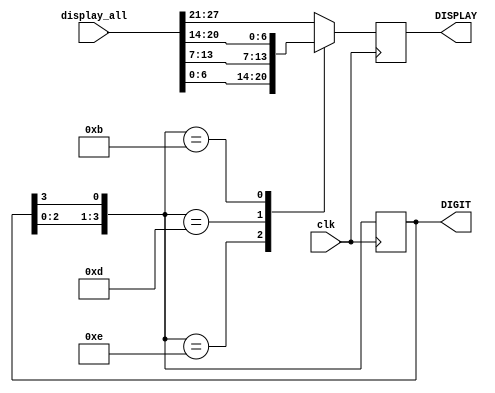
module SevenSegDisplay(
    input wire [27:0] display_all,
    input clk,
    output reg [6:0] DISPLAY, 
    output reg [3:0] DIGIT = 4'b1110
);

    always @ (posedge clk) begin
        DIGIT = {DIGIT[2:0], DIGIT[3]};
        case (DIGIT)
            4'b1110 : DISPLAY = display_all[6:0];
            4'b1101 : DISPLAY = display_all[13:7];
            4'b1011 : DISPLAY = display_all[20:14];
            default:  DISPLAY = display_all[27:21];
        endcase
    end
endmodule // SevenSegDisplay